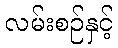
လမ်းစဉ်နှင့်